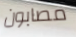
مصابون